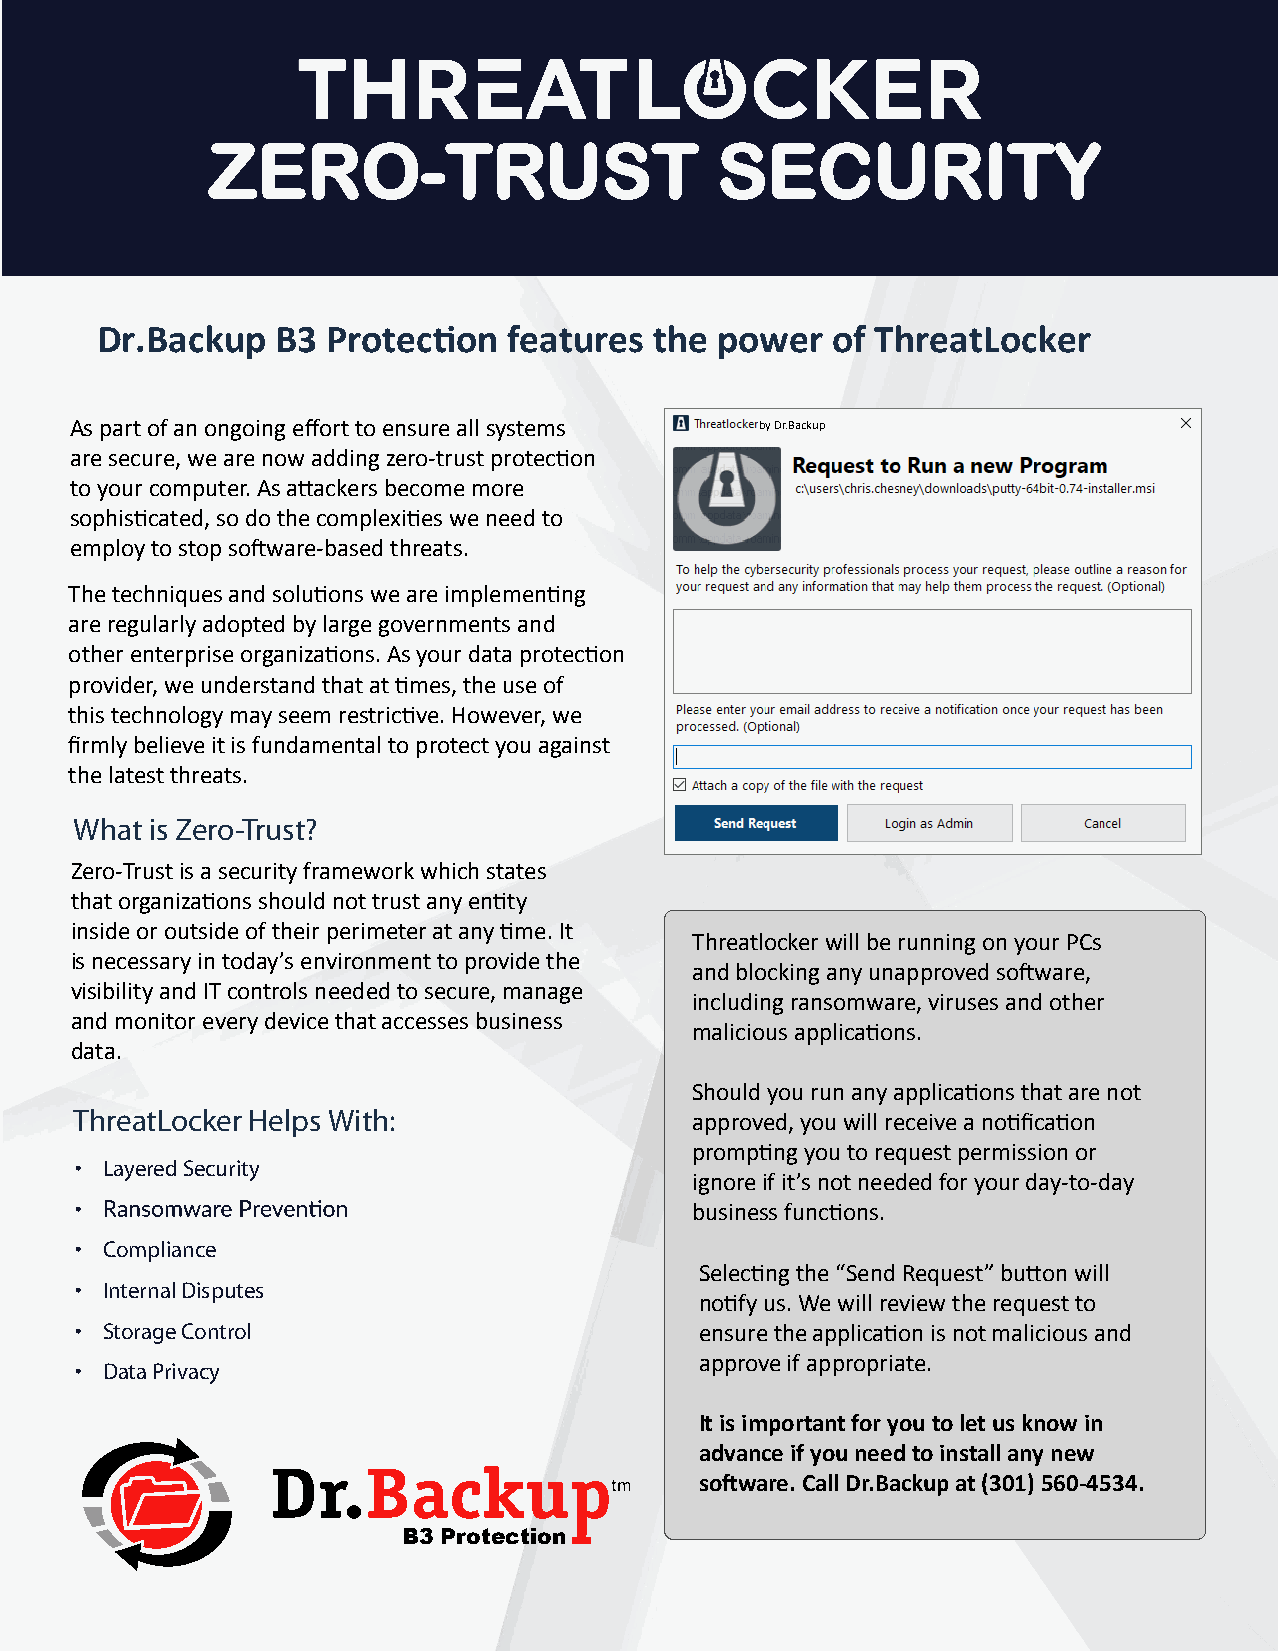
ZZEERROO--TTRRUUSSTT             SSEECCUURRIITTYY
 Dr.Backup   B3  Protec�on   features the power   of ThreatLocker
 As part of an ongoing effort to ensure all systems by Dr.Backup
 are secure, we are now adding zero-trust protec�on
 to your computer. As a�ackers become more
 Company Logo
 sophis�cated, so do the complexi�es we need to
 employ to stop so�ware-based threats.
 The techniques and solu�ons we are implemen�ng
 are regularly adopted by large governments and
 other enterprise organiza�ons. As your data protec�on
 provider, we understand that at �mes, the use of
 this technology may seem restric�ve. However, we
 firmly believe it is fundamental to protect you against
 the latest threats.
 What is Zero-Trust?
 Zero-Trust is a security framework which states
 that organiza�ons should not trust any en�ty
 inside or outside of their perimeter at any �me. It
 Threatlocker will be running on your PCs
 is necessary in today’s environment to provide the
 and blocking any unapproved so�ware,
 visibility and IT controls needed to secure, manage
 including ransomware, viruses and other
 and monitor every device that accesses business
 malicious applica�ons.
 data.
 Should you run any applica�ons that are not
 ThreatLocker Helps With:                 approved, you will receive a no�fica�on
 promp�ng you to request permission or
 • Layered Security
 ignore if it’s not needed for your day-to-day
 •                                        business func�ons.
 • Compliance
 Selec�ng the “Send Request” bu�on will
 • Internal Disputes
 no�fy us. We will review the request to
 • Storage Control                        ensure the applica�on is not malicious and
 approve if appropriate.
 • Data Privacy
 It is important for you to let us know in
 advance if you need to install any new
 so�ware. Call Dr.Backup at (301) 560-4534.
 B3 Protection